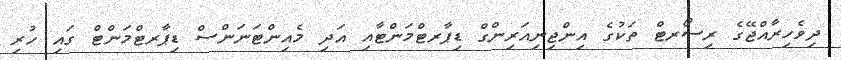
ދިވެހިރާއްޖޭގެ ރިސޯރޓް ތަކުގެ އިންޖިނިއަރިންގް ޑިޕާރޓްމަންޓާއި އަދި މެއިންޓަނަންސް ޑިޕާރޓްމަންޓް ގައި ހުރި